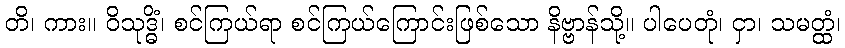
တိ၊ ကား။ ဝိသုဒ္ဓိံ၊ စင်ကြယ်ရာ စင်ကြယ်ကြောင်းဖြစ်သော နိဗ္ဗာန်သို့။ ပါပေတုံ၊ ငှာ၊ သမတ္ထံ၊